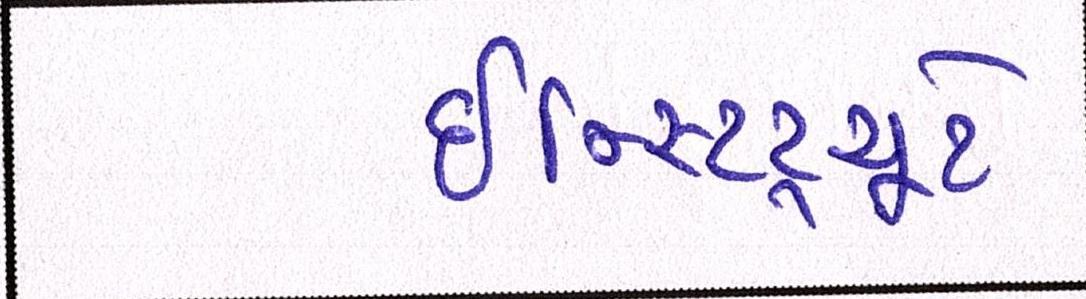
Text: ઇન્સ્ટિટ્યૂટે